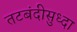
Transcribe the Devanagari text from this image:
तटबंदीसुध्दा